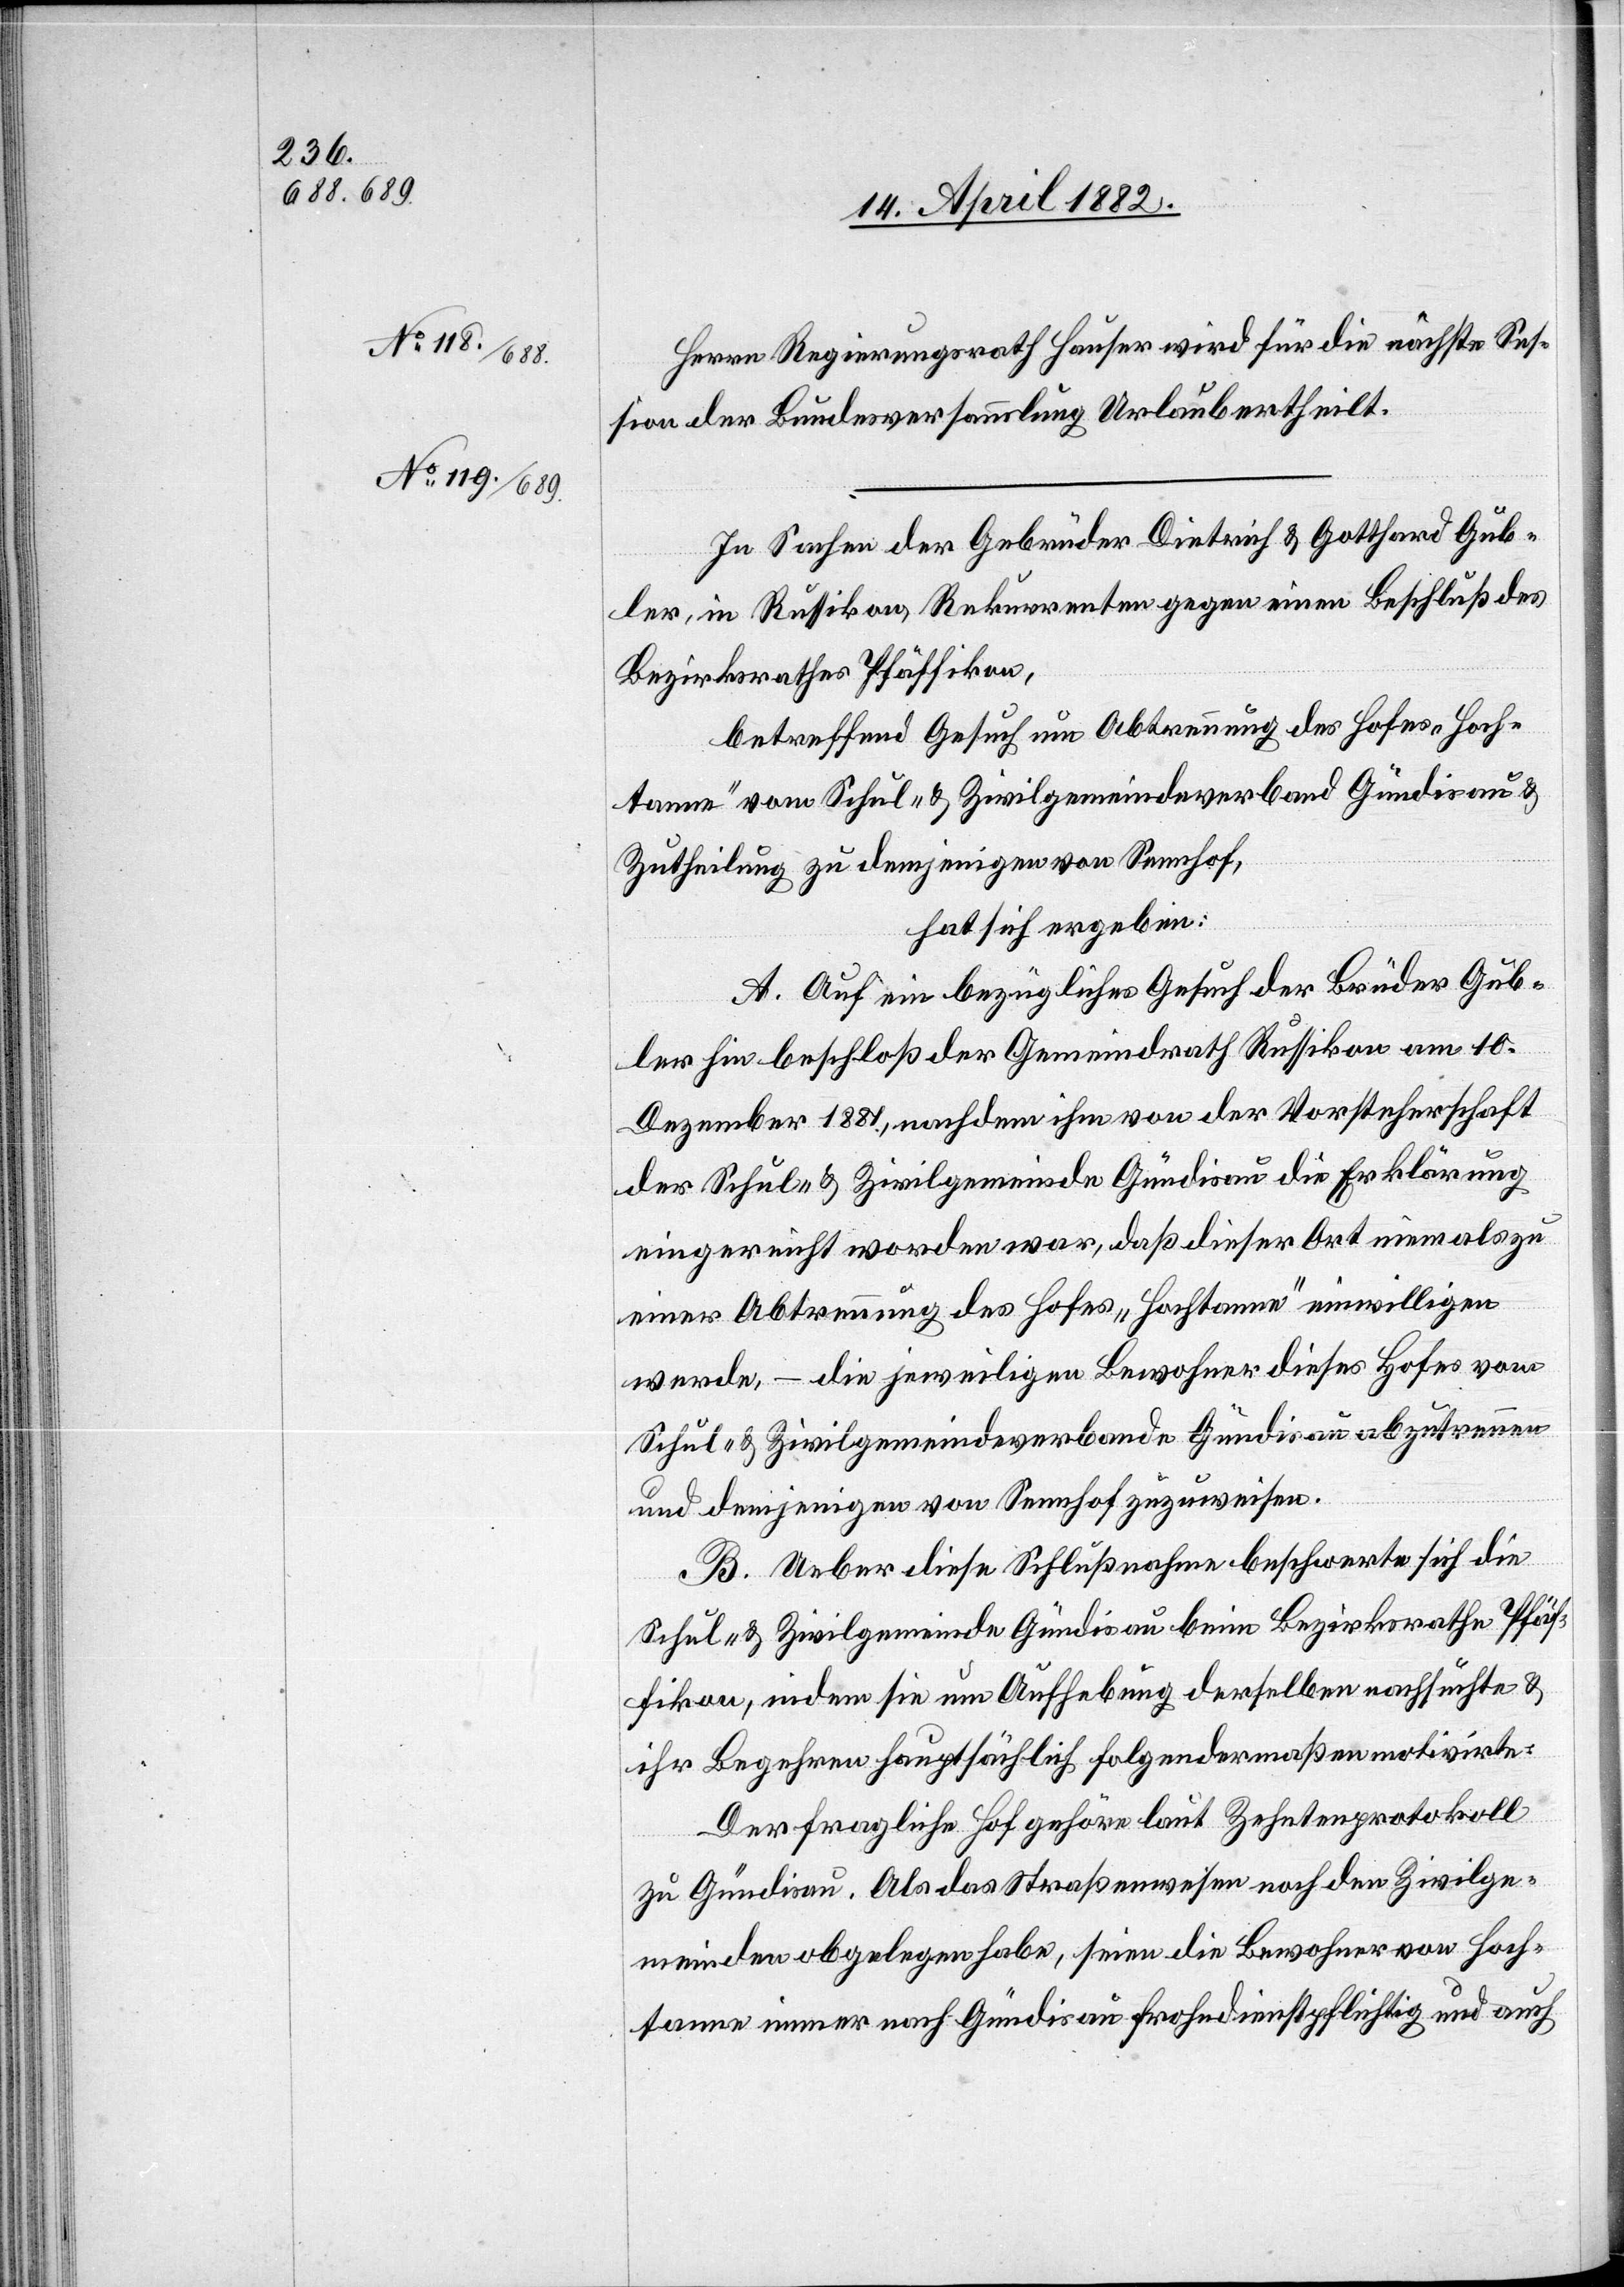
Herrn Regierungsrath Hauser wird für die nächste Ses¬
sion der Bundesversammlung Urlaub ertheilt.
In Sachen der Gebrüder Dietrich & Gotthard Gub¬
ler, in Russikon, Rekurrenten gegen einen Beschluß des
Bezirksrathes Pfäffikon,
betreffend Gesuch um Abtrennung des Hofes „Hoch¬
tanne“ vom Schul- & Zivilgemeindeverband Gündisau &
Zutheilung zu demjenigen von Sennhof,
hat sich ergeben:
A. Auf ein bezügliches Gesuch der Brüder Gub¬
ler hin beschloß der Gemeindrath Russikon am 10.
Dezember 1881, nachdem ihm von der Vorsteherschaft
der Schul- & Zivilgemeinde Gündisau die Erklärung
eingereicht worden war, daß dieser Ort niemals zu
einer Abtrennung des Hofes „Hochtanne“ einwilligen
werde, – die jeweiligen Bewohner dieses Hofes vom
Schul- & Zivilgemeindeverbande Gündisau abzutrennen
und demjenigen von Sennhof zuzuweisen.
B. Ueber diese Schlußnahme beschwerte sich die
Schul- & Zivilgemeinde Gündisau beim Bezirksrathe Pfäf¬
fikon, indem sie um Aufhebung derselben nachsuchte &
ihr Begehren hauptsächlich folgendermaßen motivirte:
Der fragliche Hof gehöre laut Zehntenprotokoll
zu Gündisau. Als das Straßenwesen noch den Zivilge¬
meinden obgelegen habe, seien die Bewohner von Hoch¬
tanne immer nach Gündisau frohndienstpflichtig und auch